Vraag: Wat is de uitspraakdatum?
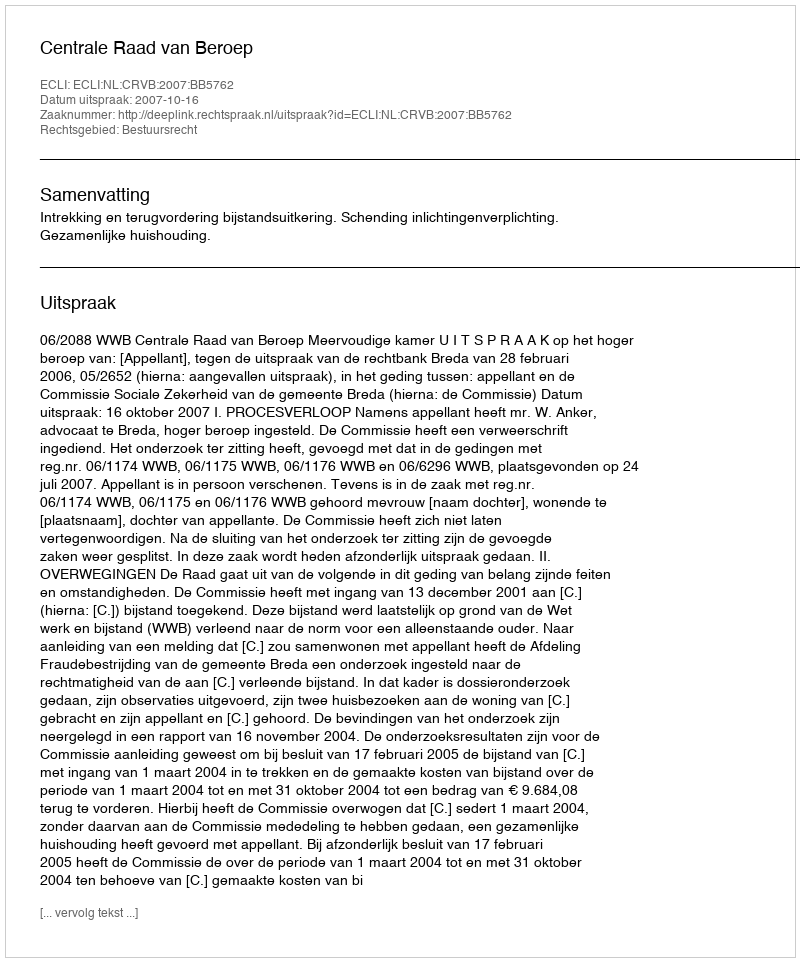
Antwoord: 2007-10-16